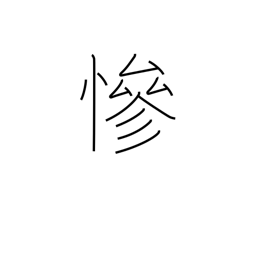
Meaning: cruel